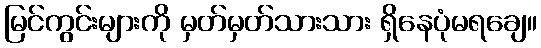
မြင်ကွင်းများကို မှတ်မှတ်သားသား ရှိနေပုံမရချေ။